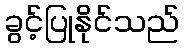
ခွင့်ပြုနိုင်သည်